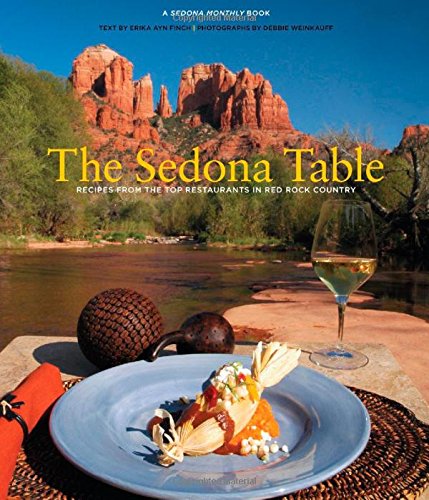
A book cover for Sedona Table: Recipes From The Top Restaurants In Red Rock Country; Erika Finch; Cookbooks, Food & Wine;